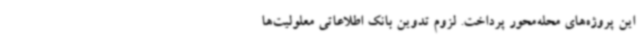
این پروژه‌های محله‌محور پرداخت. لزوم تدوین بانک اطلاعاتی معلولیت‌ها